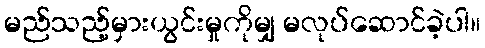
မည်သည့်မှားယွင်းမှုကိုမျှ မလုပ်ဆောင်ခဲ့ပါ။